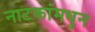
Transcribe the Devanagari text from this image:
नाटकांमधुन